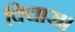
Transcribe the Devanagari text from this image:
विचार।।